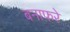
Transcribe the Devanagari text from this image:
बनाफरे